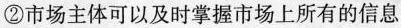
②市场主体可以及时掌握市场上所有的信息